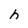
Character: h